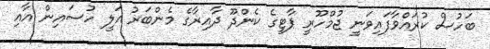
ބަހުސް ކުރައްވާފައިވަނީ ޖުމްހޫރީ ޕާޓީގެ ކެންދޫ ދާއިރާގެ މެންބަރު އަލީ ހުސައިން އާއި